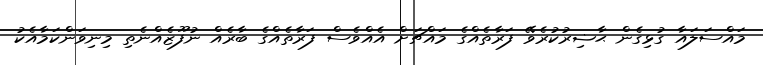
މައްސަލައާ ގުޅިގެން ޙާޟިރުކުރެވޭ ފަރާތެއްގެ މައްޗަށް އެއްވެސް ފަރާތެއްގެ ބާރެއް ނުފޫޒެއްނެތި މިނިވަންކަމާއެކު